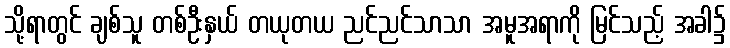
သို့ရာတွင် ချစ်သူ တစ်ဦးနှယ် တယုတယ ညင်ညင်သာသာ အမူအရာကို မြင်သည့် အခါ၌